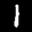
Label: 1